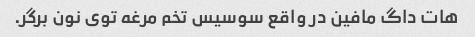
هات داگ مافین در واقع سوسیس تخم مرغه توی نون برگر.